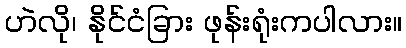
ဟဲလို၊ နိုင်ငံခြား ဖုန်းရုံးကပါလား။